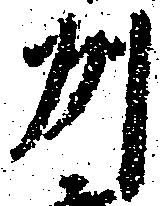
州